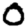
Digit: 0